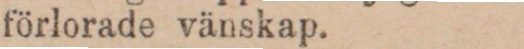
förlorade vänskap.